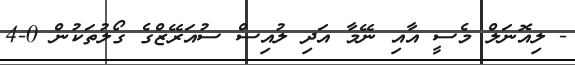
- ލިއޮނަލް މެސީ އާއި ނޭމާ އަދި ލުއިސް ސުއަރޭޒްގެ ގޯލުތަކުން 0-4